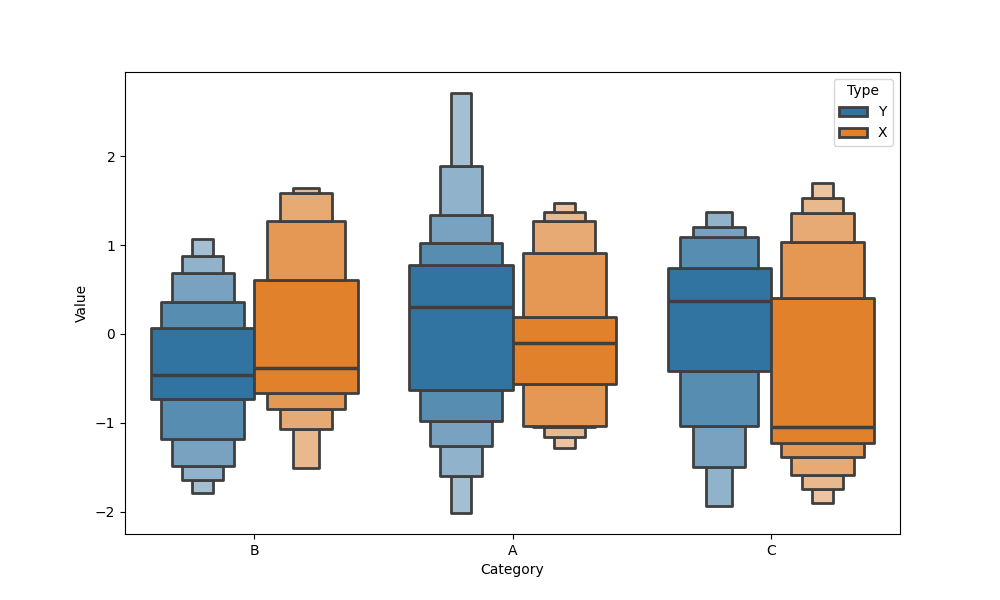
python, seaborn, boxenplot, k_depth='full', linewidth=2, scale='linear', outlier_prop=0.2, showfliers=True